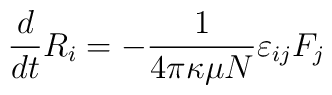
{d\over dt} R_i = - {1\over 4 \pi \kappa \mu N} \varepsilon_{ij} F_j